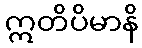
ဣတိပိမာနိ